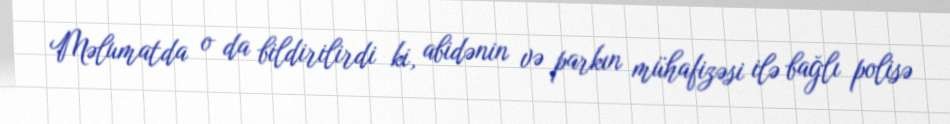
Məlumatda o da bildirilirdi ki, abidənin və parkın mühafizəsi ilə bağlı polisə